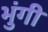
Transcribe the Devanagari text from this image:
भुंगी